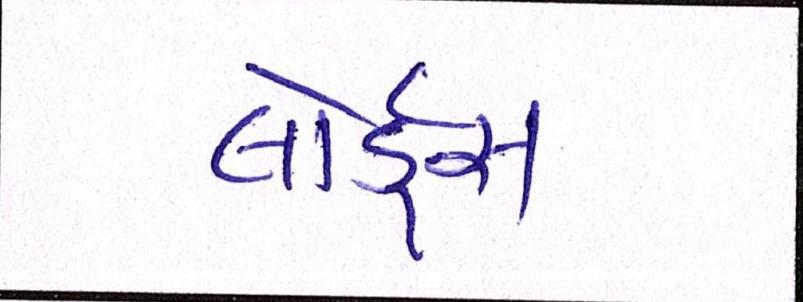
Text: લોર્ડ્સ